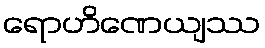
ရောဟိဏေယျဿ